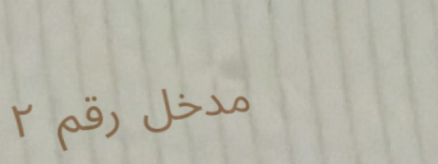
مدخل رقم ٢